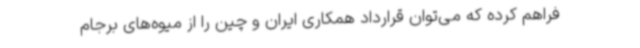
فراهم کرده که می‌توان قرارداد همکاری ایران و چین را از میوه‌های برجام